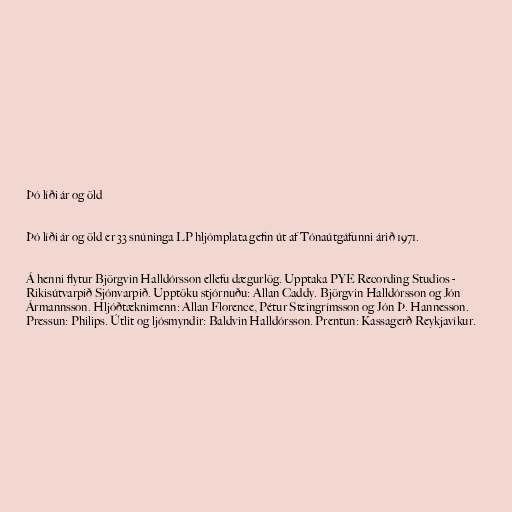
Þó líði ár og öld

Þó líði ár og öld er 33 snúninga LP hljómplata gefin út af Tónaútgáfunni árið 1971.

Á henni flytur Björgvin Halldórsson ellefu dægurlög. Upptaka PYE Recording Studios -
Rikisútvarpið Sjónvarpið. Upptöku stjórnuðu: Allan Caddy. Björgvin Halldórsson og Jón
Ármannsson. Hljóðtæknimenn: Allan Florence, Pétur Steingrímsson og Jón Þ. Hannesson.
Pressun: Philips. Útlit og ljósmyndir: Baldvin Halldórsson. Prentun: Kassagerð Reykjavíkur.